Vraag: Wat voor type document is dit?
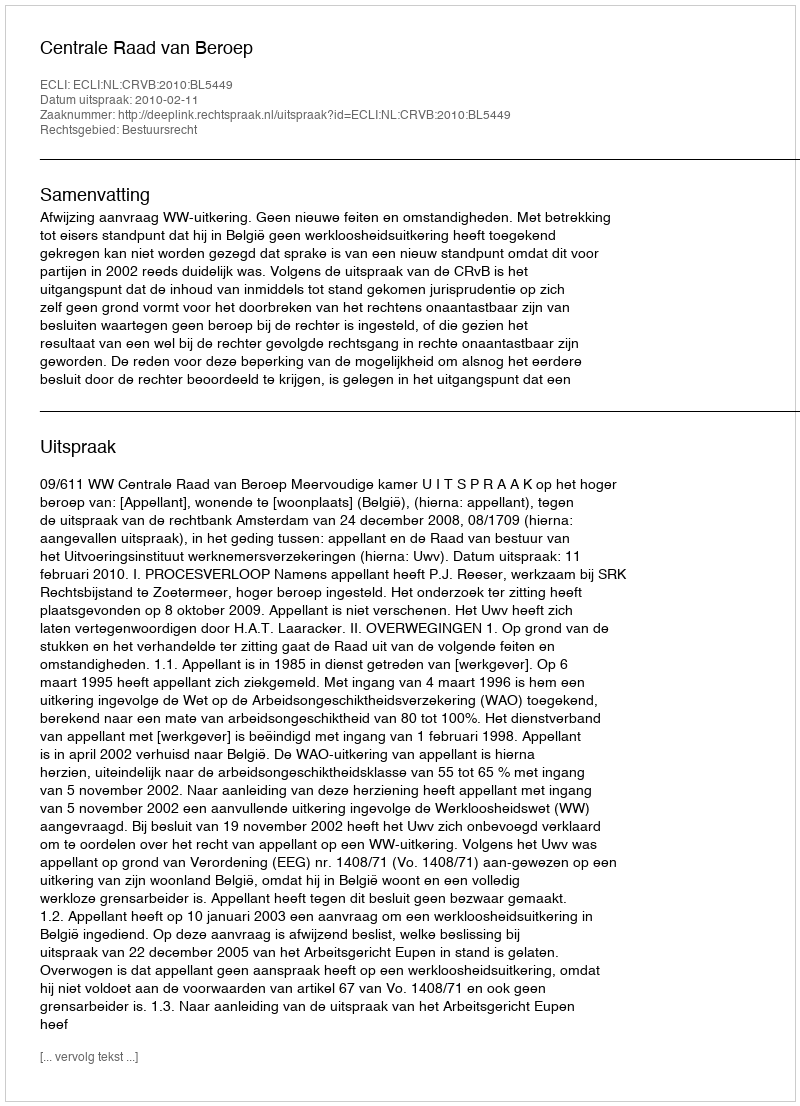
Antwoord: Uitspraak